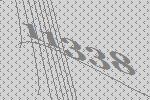
11338